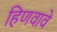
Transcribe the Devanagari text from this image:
हिणवावे